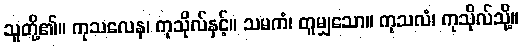
သူတို့၏။ ကုသလေန၊ ကုသိုလ်နှင့်။ သမကံ၊ တူမျှသော။ ကုသလံ၊ ကုသိုလ်သို့။